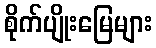
စိုက်ပျိုးမြေများ